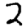
Digit: 2